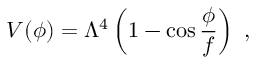
V ( \phi ) = \Lambda ^ { 4 } \left( 1 - \cos { \frac { \phi } { f } } \right) \ ,